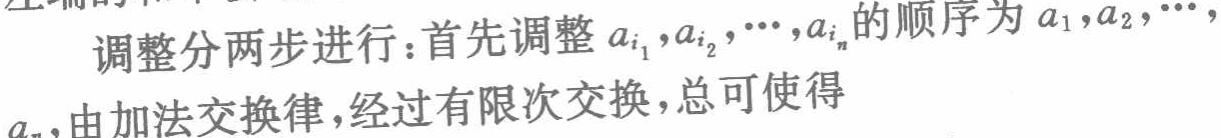
调整分两步进行：首先调整 \(a_{i_1},a_{i_2},\cdots,a_{i_n}\) 的顺序为 \(a_1,a_2,\cdots\)，由加法交换律，经过有限次交换，总可使得